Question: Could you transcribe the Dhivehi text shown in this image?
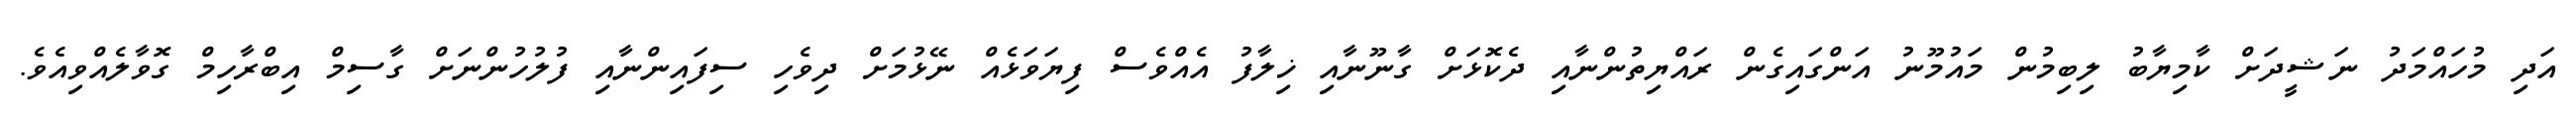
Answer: އަދި މުހައްމަދު ނަޝީދަށް ކާމިޔާބު ލިބިމުން މައުމޫނު އަންގައިގެން ރައްޔިތުންނާއި ދެކޮޅަށް ގާނޫނާއި ޚިލާފު އެއްވެސް ފިޔަވަޅެއް ނޭޅުމަށް ދިވެހި ސިފައިންނާއި ފުލުހުންނަށް ގާސިމް އިބްރާހިމް ގޮވާލެއްވިއެވެ.